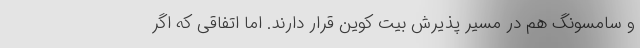
و سامسونگ هم در مسیر پذیرش بیت کوین قرار دارند. اما اتفاقی که اگر